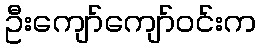
ဦးကျော်ကျော်ဝင်းက